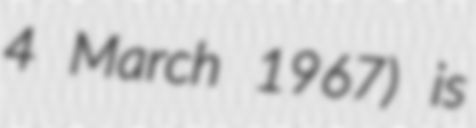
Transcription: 4 March 1967) is